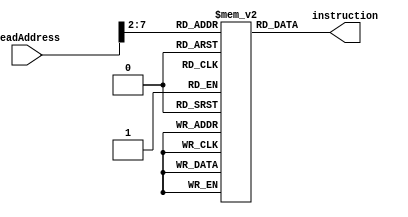
`ifndef __VE370__INSTRUCTION__MEMORY__
`define __VE370__INSTRUCTION__MEMORY__
module IMemory(
    input [31:0] readAddress,
    output reg [31:0] instruction
);


reg [31:0] memory[0:41];
wire [31:0] index;
assign index=readAddress>>2;

initial begin
    memory[0] = 32'b00100000000010000000000000100000; //addi $t0, $zero, 0x20
    memory[1] = 32'b00100000000010010000000000110111; //addi $t1, $zero, 0x37
    memory[2] = 32'b00000001000010011000000000100100; //and $s0, $t0, $t1
    memory[3] = 32'b00000001000010011000000000100101; //or $s0, $t0, $t1
    memory[4] = 32'b10101100000100000000000000000100; //sw $s0, 4($zero)
    memory[5] = 32'b10101100000010000000000000001000; //sw $t0, 8($zero)
    memory[6] = 32'b00000001000010011000100000100000; //add $s1, $t0, $t1
    memory[7] = 32'b00000001000010011001000000100010; //sub $s2, $t0, $t1
    memory[8] =32'b00100000000010000000000000100000; //addi $t0, $zero, 0x20
    memory[9] =32'b00100000000010000000000000100000; //addi $t0, $zero, 0x20
    memory[10] =32'b00100000000010000000000000100000; //addi $t0, $zero, 0x20
    memory[11] = 32'b00010010001100100000000000001001; //beq $s1, $s2, error0
    memory[12] = 32'b10001100000100010000000000000100; //lw $s1, 4($zero)
    memory[13]= 32'b00110010001100100000000001001000; //andi $s2, $s1, 0x48
    memory[14] =32'b00100000000010000000000000100000; //addi $t0, $zero, 0x20
    memory[15] =32'b00100000000010000000000000100000; //addi $t0, $zero, 0x20
    memory[16] =32'b00100000000010000000000000100000; //addi $t0, $zero, 0x20
    memory[17] =32'b00010010001100100000000000001001; //beq $s1, $s2, error1
    memory[18] =32'b10001100000100110000000000001000; //lw $s3, 8($zero)
    memory[19] =32'b00100000000010000000000000100000; //addi $t0, $zero,0x20
    memory[20] =32'b00100000000010000000000000100000; //addi $t0, $zero, 0x20
    memory[21] =32'b00100000000010000000000000100000; //addi $t0, $zero, 0x20
    memory[22] =32'b00010010000100110000000000001010; //beq $s0, $s3, error2
    memory[23] =32'b00000010010100011010000000101010; //slt $s4, $s2, $s1 (Last)
    memory[24] =32'b00100000000010000000000000100000; //addi $t0, $zero, 0x20
    memory[25] =32'b00100000000010000000000000100000; //addi $t0, $zero, 0x20
    memory[26] =32'b00100000000010000000000000100000; //addi $t0, $zero, 0x20
    memory[27] =32'b00010010100000000000000000001111; //beq $s4, $0, EXIT
    memory[28] =32'b00000010001000001001000000100000; //add $s2, $s1, $0
    memory[29] =32'b00001000000000000000000000010111; //j Last
    memory[30] =32'b00100000000010000000000000000000; //addi $t0, $0, 0(error0)
    memory[31] =32'b00100000000010010000000000000000; //addi $t1, $0, 0
    memory[32] =32'b00001000000000000000000000111111; //j EXIT
    memory[33] =32'b00100000000010000000000000000001; //addi $t0, $0, 1(error1)
    memory[34] =32'b00100000000010010000000000000001; //addi $t1, $0, 1
    memory[35] =32'b00001000000000000000000000111111; //j EXIT
    memory[36] =32'b00100000000010000000000000000010; //addi $t0, $0, 2(error2)
    memory[37] =32'b00100000000010010000000000000010; //addi $t1, $0, 2
    memory[38] =32'b00001000000000000000000000111111; //j EXIT
    memory[39] =32'b00100000000010000000000000000011; //addi $t0, $0, 3(error3)
    memory[40] =32'b00100000000010010000000000000011; //addi $t1, $0, 3
    memory[41] =32'b00001000000000000000000000111111; //j EXIT

end
always @(*) begin
    instruction = memory[index];
end
endmodule 
`endif